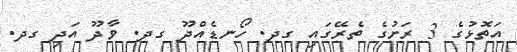
އަތޮޅުގެ 3 ރަށުގެ ތެރޭގައި ގދ. ހޯނޑެއްދޫ ގދ. ވާދޫ އަދި ގދ.